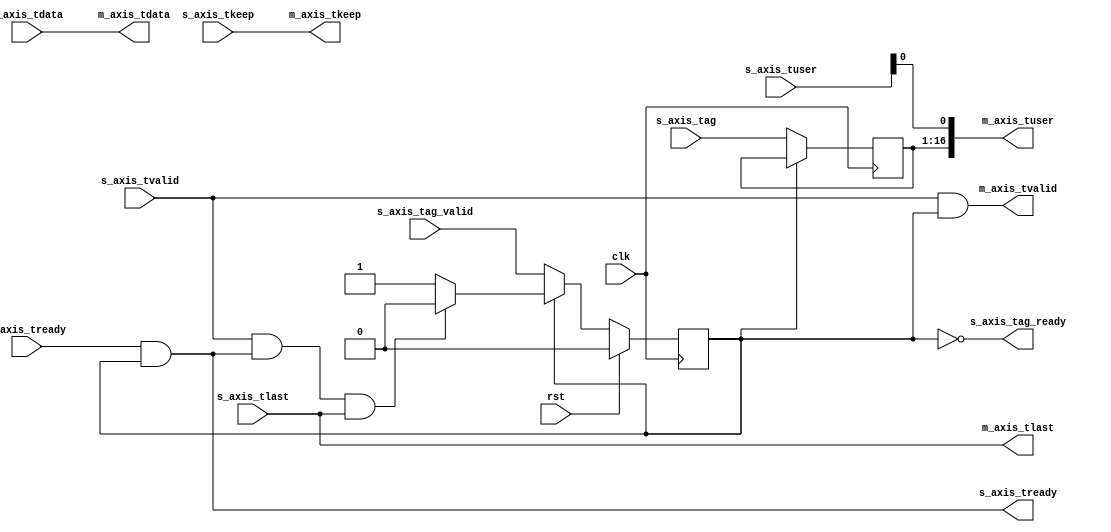
/*

Copyright (c) 2019 Alex Forencich

Permission is hereby granted, free of charge, to any person obtaining a copy
of this software and associated documentation files (the "Software"), to deal
in the Software without restriction, including without limitation the rights
to use, copy, modify, merge, publish, distribute, sublicense, and/or sell
copies of the Software, and to permit persons to whom the Software is
furnished to do so, subject to the following conditions:

The above copyright notice and this permission notice shall be included in
all copies or substantial portions of the Software.

THE SOFTWARE IS PROVIDED "AS IS", WITHOUT WARRANTY OF ANY KIND, EXPRESS OR
IMPLIED, INCLUDING BUT NOT LIMITED TO THE WARRANTIES OF MERCHANTABILITY
FITNESS FOR A PARTICULAR PURPOSE AND NONINFRINGEMENT. IN NO EVENT SHALL THE
AUTHORS OR COPYRIGHT HOLDERS BE LIABLE FOR ANY CLAIM, DAMAGES OR OTHER
LIABILITY, WHETHER IN AN ACTION OF CONTRACT, TORT OR OTHERWISE, ARISING FROM,
OUT OF OR IN CONNECTION WITH THE SOFTWARE OR THE USE OR OTHER DEALINGS IN
THE SOFTWARE.

*/

// Language: Verilog 2001

`timescale 1ns / 1ps

/*
 * PTP tag insert module
 */
module ptp_tag_insert #
(
    parameter DATA_WIDTH = 64,
    parameter KEEP_WIDTH = DATA_WIDTH/8,
    parameter TAG_WIDTH = 16,
    parameter TAG_OFFSET = 1,
    parameter USER_WIDTH = TAG_WIDTH+TAG_OFFSET
)
(
    input  wire                   clk,
    input  wire                   rst,

    /*
     * AXI input
     */
    input  wire [DATA_WIDTH-1:0]  s_axis_tdata,
    input  wire [KEEP_WIDTH-1:0]  s_axis_tkeep,
    input  wire                   s_axis_tvalid,
    output wire                   s_axis_tready,
    input  wire                   s_axis_tlast,
    input  wire [USER_WIDTH-1:0]  s_axis_tuser,

    /*
     * AXI output
     */
    output wire [DATA_WIDTH-1:0]  m_axis_tdata,
    output wire [KEEP_WIDTH-1:0]  m_axis_tkeep,
    output wire                   m_axis_tvalid,
    input  wire                   m_axis_tready,
    output wire                   m_axis_tlast,
    output wire [USER_WIDTH-1:0]  m_axis_tuser,

    /*
     * Tag input
     */
    input  wire [TAG_WIDTH-1:0]   s_axis_tag,
    input  wire                   s_axis_tag_valid,
    output wire                   s_axis_tag_ready
);

reg [TAG_WIDTH-1:0] tag_reg = {TAG_WIDTH{1'b0}};
reg tag_valid_reg = 1'b0;

reg [USER_WIDTH-1:0] user;

assign s_axis_tready = m_axis_tready && tag_valid_reg;

assign m_axis_tdata  = s_axis_tdata;
assign m_axis_tkeep  = s_axis_tkeep;
assign m_axis_tvalid = s_axis_tvalid && tag_valid_reg;
assign m_axis_tlast  = s_axis_tlast;
assign m_axis_tuser  = user;

assign s_axis_tag_ready = !tag_valid_reg;

always @* begin
    user = s_axis_tuser;
    user[TAG_OFFSET +: TAG_WIDTH] = tag_reg;
end

always @(posedge clk) begin
    if (tag_valid_reg) begin
        if (s_axis_tvalid && s_axis_tready && s_axis_tlast) begin
            tag_valid_reg <= 1'b0;
        end
    end else begin
        tag_reg <= s_axis_tag;
        tag_valid_reg <= s_axis_tag_valid;
    end

    if (rst) begin
        tag_valid_reg <= 1'b0;
    end
end

endmodule